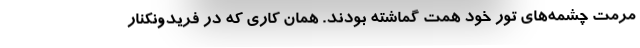
مرمت چشمه‌هاي تور خود همت گماشته بودند. همان كاري كه در فريدونكنار